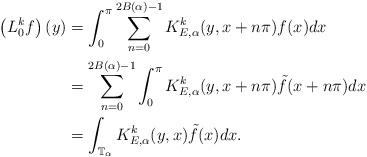
LaTeX: \begin{align*}\left(L_0^kf\right)(y)&=\int_0^\pi \sum_{n=0}^{2B(\alpha)-1}K_{E,\alpha}^{k}(y,x+n\pi) f(x)dx\\&=\sum_{n=0}^{2B(\alpha)-1}\int_0^\pi K_{E,\alpha}^{k}(y,x+n\pi)\tilde f(x+n\pi)dx\\&=\int_{\mathbb{T}_\alpha}K_{E,\alpha}^{k}(y,x)\tilde f(x)dx.\end{align*}